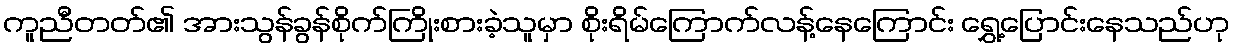
ကူညီတတ်၏ အားသွန်ခွန်စိုက်ကြိုးစားခဲ့သူမှာ စိုးရိမ်ကြောက်လန့်နေကြောင်း ရွှေ့ပြောင်းနေသည်ဟု